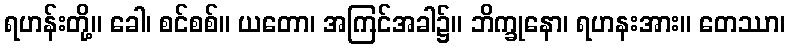
ရဟန်းတို့။ ခေါ၊ စင်စစ်။ ယတော၊ အကြင်အခါ၌။ ဘိက္ခုနော၊ ရဟနးအား။ တေဿာ၊